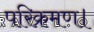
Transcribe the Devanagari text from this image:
परिक्रमण।